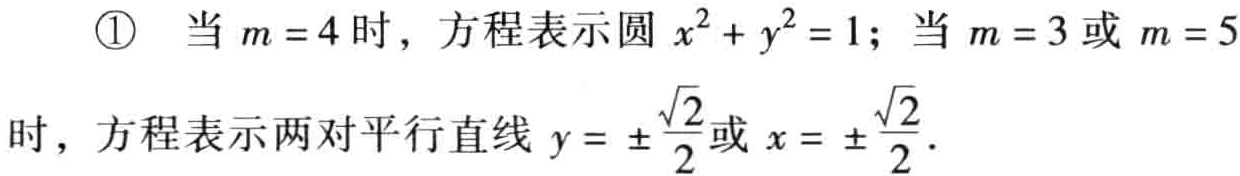
\textcircled{1} 当 \(m = 4\) 时，方程表示圆 \(x^{2}+y^{2}=1\)；当 \(m = 3\) 或 \(m = 5\) 时，方程表示两对平行直线 \(y=\pm\frac{\sqrt{2}}{2}\) 或 \(x = \pm\frac{\sqrt{2}}{2}\)．